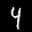
Label: 4